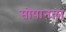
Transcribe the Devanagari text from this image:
सोपानला